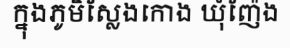
ក្នុងភូមិស្លែងកោង ឃុំញ៉ែង